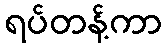
ရပ်တန့်ကာ